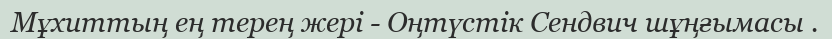
Мұхиттың ең терең жері - Оңтүстік Сендвич шұңғымасы .